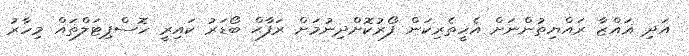
އަދި ޣައްޒާ ރައްޔިތުންނަށް އެހީތެރިކަން ފޯރުކޮށްދިނުމަށް ރަފާޙް ބޯޑަރު ކައިރީ ހޮސްޕިޓަލްތައް މިހާރު